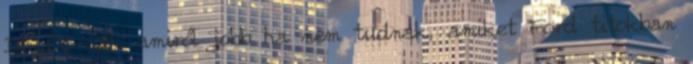
DELOS-nak amiről jobb ha nem tudnak, amiket Ford titokban